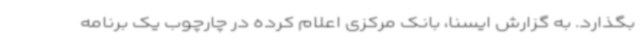
بگذارد. به گزارش ایسنا، بانک مرکزی اعلام کرده در چارچوب یک برنامه